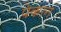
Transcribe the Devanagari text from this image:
पेकान